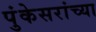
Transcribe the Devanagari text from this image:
पुंकेसरांच्या